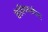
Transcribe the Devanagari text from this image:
केबिनमधील